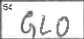
Transcription: GLO